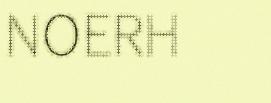
NOERH